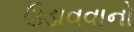
ઉડાવવાનો